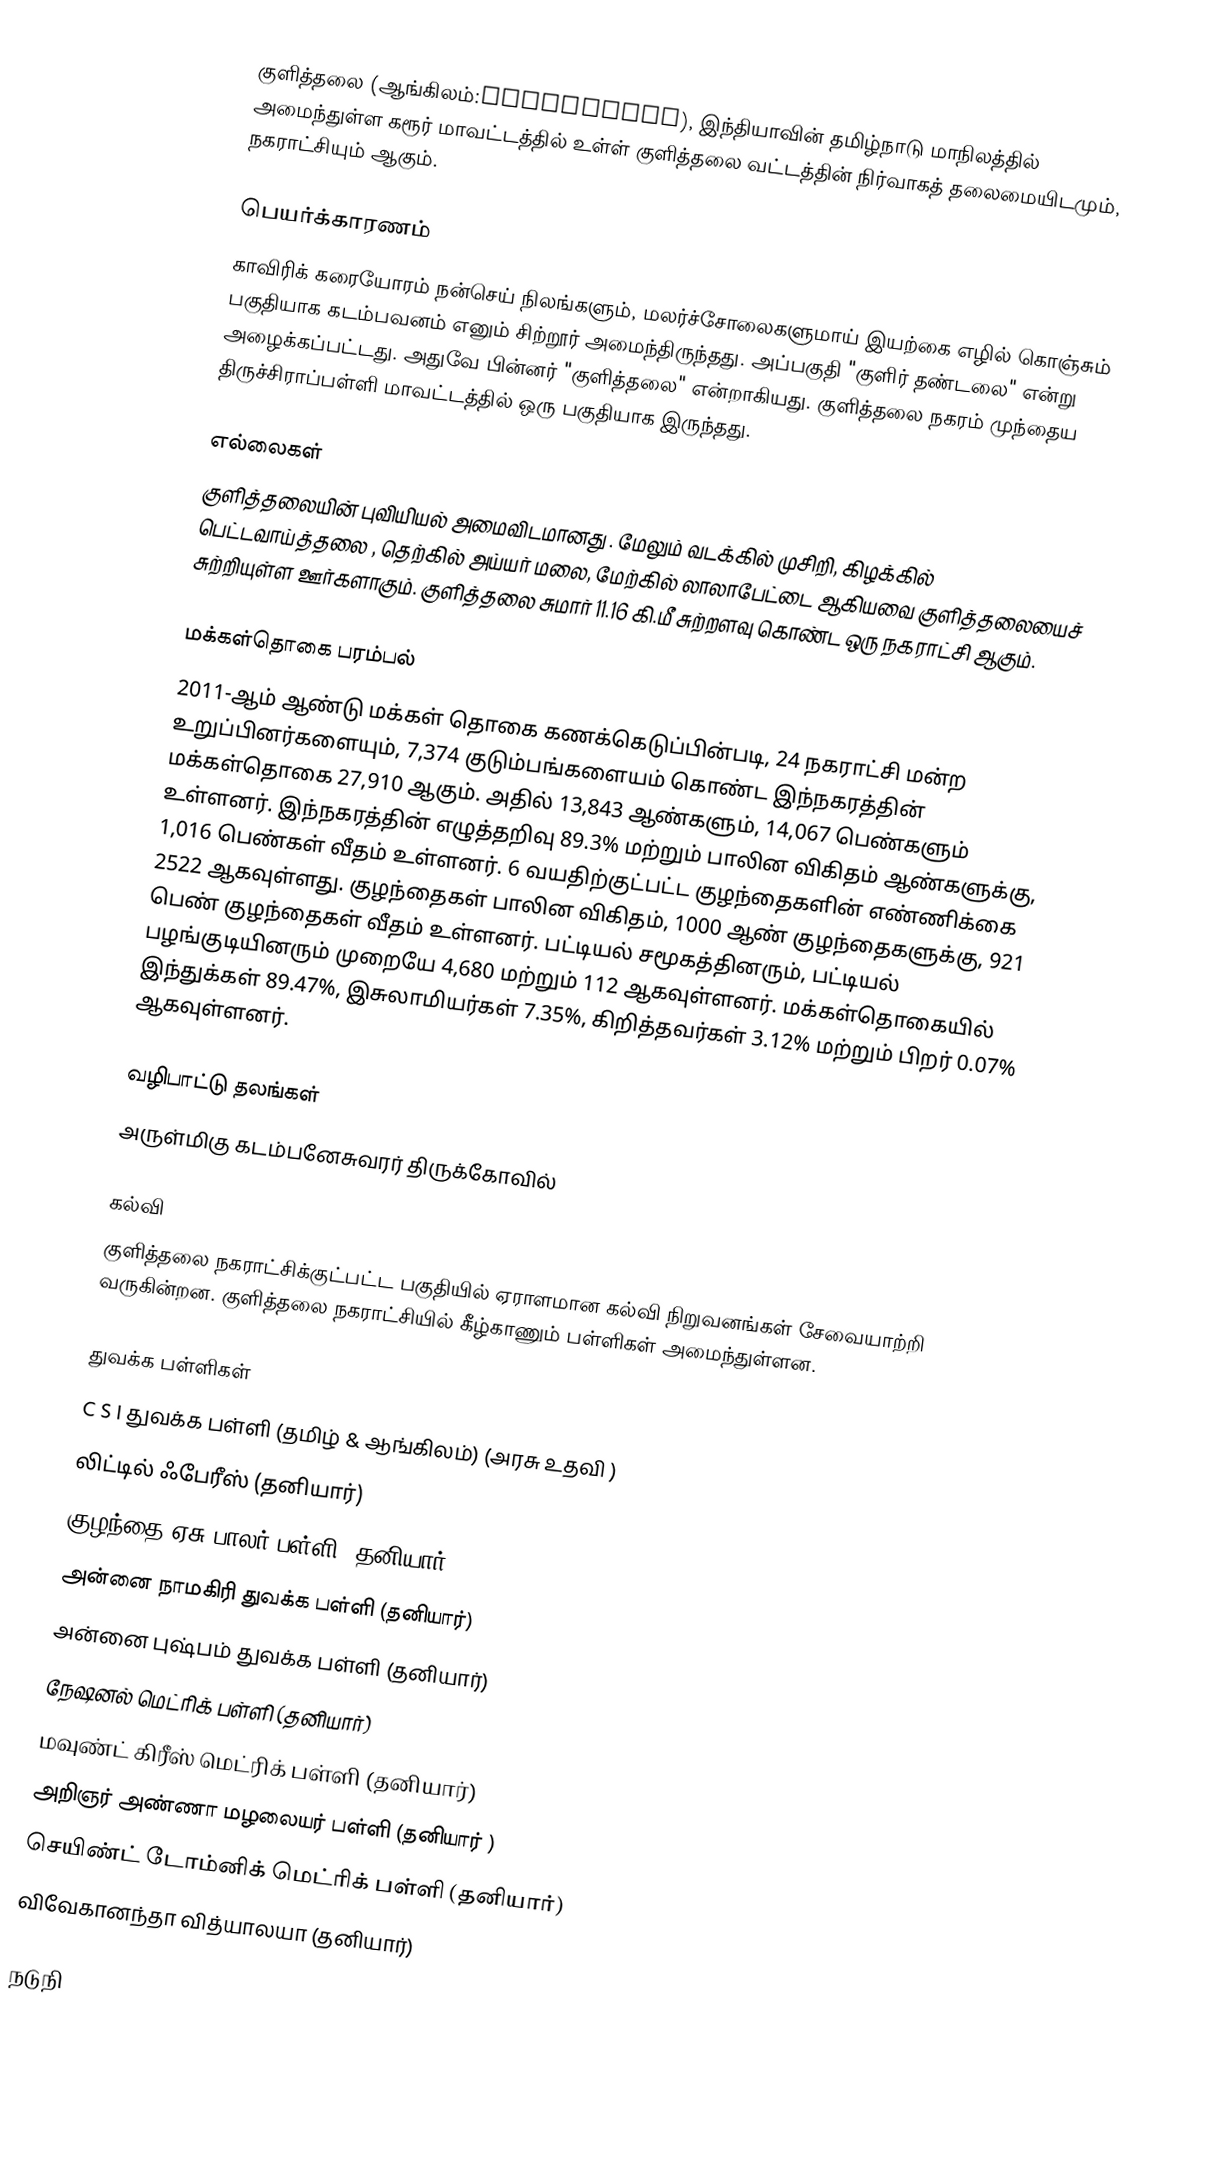
குளித்தலை (ஆங்கிலம்:Kulithalai), இந்தியாவின் தமிழ்நாடு மாநிலத்தில் அமைந்துள்ள கரூர் மாவட்டத்தில் உள்ள் குளித்தலை வட்டத்தின் நிர்வாகத் தலைமையிடமும், நகராட்சியும் ஆகும்.

பெயர்க்காரணம்
காவிரிக் கரையோரம் நன்செய் நிலங்களும், மலர்ச்சோலைகளுமாய் இயற்கை எழில் கொஞ்சும் பகுதியாக கடம்பவனம் எனும் சிற்றூர் அமைந்திருந்தது. அப்பகுதி "குளிர் தண்டலை" என்று அழைக்கப்பட்டது. அதுவே பின்னர் "குளித்தலை" என்றாகியது. குளித்தலை நகரம் முந்தைய திருச்சிராப்பள்ளி மாவட்டத்தில் ஒரு பகுதியாக இருந்தது.

எல்லைகள்
குளித்தலையின் புவியியல் அமைவிடமானது  . மேலும் வடக்கில் முசிறி, கிழக்கில் பெட்டவாய்த்தலை , தெற்கில் அய்யர் மலை, மேற்கில் லாலாபேட்டை ஆகியவை குளித்தலையைச் சுற்றியுள்ள ஊர்களாகும். குளித்தலை சுமார் 11.16 கி.மீ சுற்றளவு கொண்ட ஒரு நகராட்சி ஆகும்.

மக்கள்தொகை பரம்பல்
2011-ஆம் ஆண்டு மக்கள் தொகை கணக்கெடுப்பின்படி,  24 நகராட்சி மன்ற உறுப்பினர்களையும், 7,374   குடும்பங்களையம் கொண்ட இந்நகரத்தின் மக்கள்தொகை 27,910 ஆகும். அதில்  13,843 ஆண்களும், 14,067  பெண்களும் உள்ளனர்.   இந்நகரத்தின் எழுத்தறிவு 89.3%  மற்றும் பாலின விகிதம்  ஆண்களுக்கு, 1,016 பெண்கள் வீதம் உள்ளனர். 6 வயதிற்குட்பட்ட குழந்தைகளின் எண்ணிக்கை  2522  ஆகவுள்ளது. குழந்தைகள் பாலின விகிதம்,  1000 ஆண் குழந்தைகளுக்கு, 921 பெண் குழந்தைகள் வீதம் உள்ளனர். பட்டியல் சமூகத்தினரும், பட்டியல் பழங்குடியினரும்  முறையே 4,680 மற்றும் 112 ஆகவுள்ளனர். மக்கள்தொகையில் இந்துக்கள் 89.47%,  இசுலாமியர்கள் 7.35%, கிறித்தவர்கள் 3.12% மற்றும்  பிறர் 0.07% ஆகவுள்ளனர்.

வழிபாட்டு தலங்கள்
அருள்மிகு கடம்பனேசுவரர் திருக்கோவில்

கல்வி
குளித்தலை நகராட்சிக்குட்பட்ட பகுதியில் ஏராளமான கல்வி நிறுவனங்கள் சேவையாற்றி வருகின்றன. குளித்தலை நகராட்சியில் கீழ்காணும் பள்ளிகள் அமைந்துள்ளன.

துவக்க பள்ளிகள்
 C S I  துவக்க பள்ளி (தமிழ் & ஆங்கிலம்)  (அரசு உதவி )
 லிட்டில் ஃபேரீஸ் (தனியார்)
 குழந்தை ஏசு பாலர் பள்ளி (தனியார்)
 அன்னை நாமகிரி துவக்க பள்ளி (தனியார்)
 அன்னை புஷ்பம் துவக்க பள்ளி (தனியார்)
 நேஷனல் மெட்ரிக் பள்ளி (தனியார்)
 மவுண்ட் கிரீஸ் மெட்ரிக் பள்ளி (தனியார்)
 அறிஞர் அண்ணா மழலையர் பள்ளி (தனியார் )
 செயிண்ட் டோம்னிக் மெட்ரிக் பள்ளி (தனியார்)
 விவேகானந்தா வித்யாலயா (தனியார்)

நடுநி